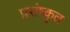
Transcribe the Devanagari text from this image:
प्रसंष्कृत